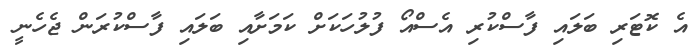
އެ ކޮޓަރި ބަލައި ފާސްކުރި އެސްއޯ ފުލުހަކަށް ކަމަށާއި ބަލައި ފާސްކުރަން ޖެހެނީ